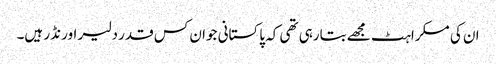
ان کی مسکراہٹ مجھے بتارہی تھی کہ پاکستانی جوان کس قدر دلیر اور نڈر ہیں۔